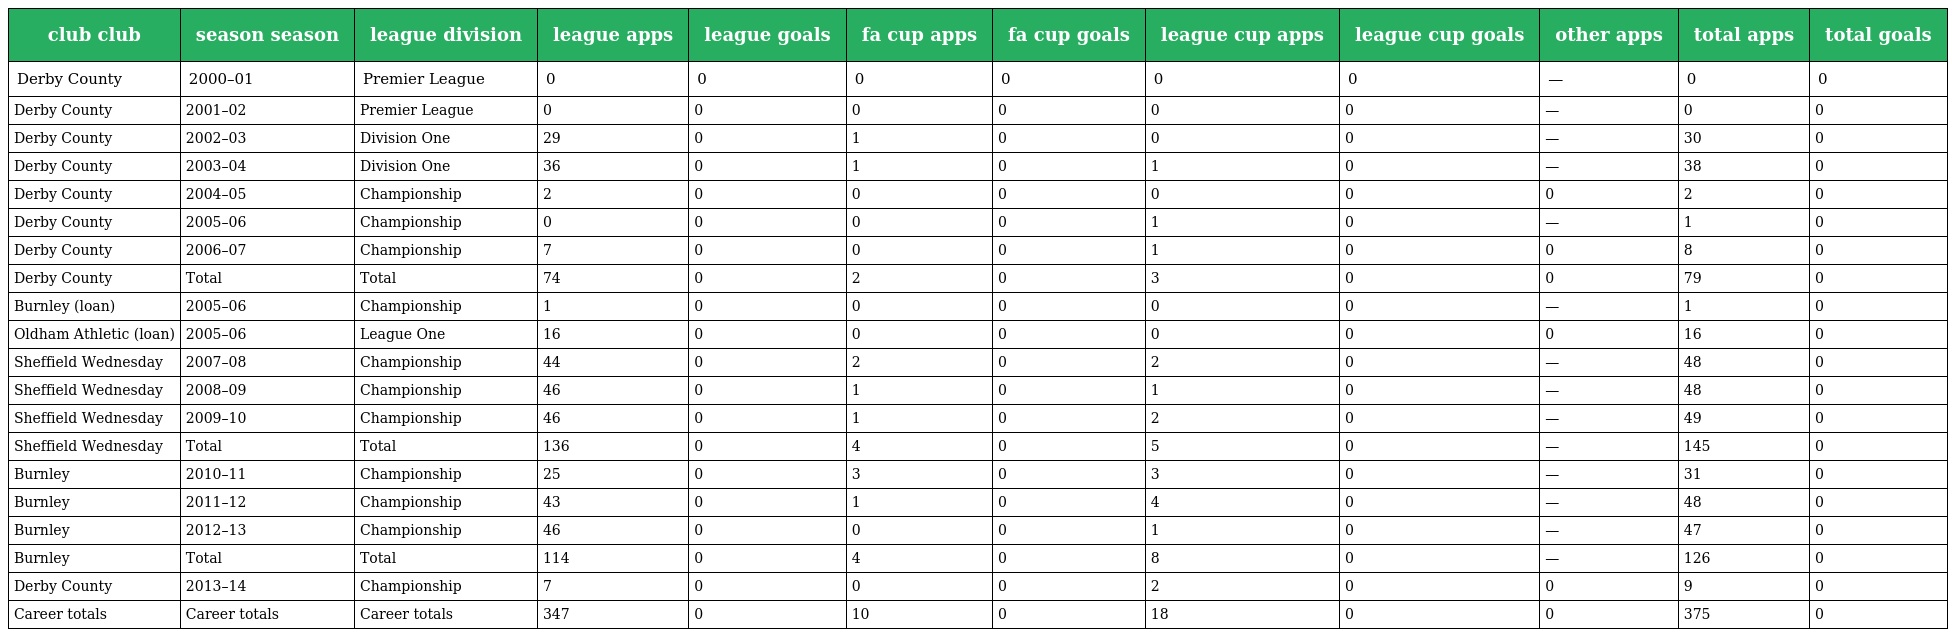
| club club | season season | league division | league apps | league goals | fa cup apps | fa cup goals | league cup apps | league cup goals | other apps | total apps | total goals |
 | --- | --- | --- | --- | --- | --- | --- | --- | --- | --- | --- | --- |
 | Derby County | 2000–01 | Premier League | 0 | 0 | 0 | 0 | 0 | 0 | — | 0 | 0 |
 | Derby County | 2001–02 | Premier League | 0 | 0 | 0 | 0 | 0 | 0 | — | 0 | 0 |
 | Derby County | 2002–03 | Division One | 29 | 0 | 1 | 0 | 0 | 0 | — | 30 | 0 |
 | Derby County | 2003–04 | Division One | 36 | 0 | 1 | 0 | 1 | 0 | — | 38 | 0 |
 | Derby County | 2004–05 | Championship | 2 | 0 | 0 | 0 | 0 | 0 | 0 | 2 | 0 |
 | Derby County | 2005–06 | Championship | 0 | 0 | 0 | 0 | 1 | 0 | — | 1 | 0 |
 | Derby County | 2006–07 | Championship | 7 | 0 | 0 | 0 | 1 | 0 | 0 | 8 | 0 |
 | Derby County | Total | Total | 74 | 0 | 2 | 0 | 3 | 0 | 0 | 79 | 0 |
 | Burnley (loan) | 2005–06 | Championship | 1 | 0 | 0 | 0 | 0 | 0 | — | 1 | 0 |
 | Oldham Athletic (loan) | 2005–06 | League One | 16 | 0 | 0 | 0 | 0 | 0 | 0 | 16 | 0 |
 | Sheffield Wednesday | 2007–08 | Championship | 44 | 0 | 2 | 0 | 2 | 0 | — | 48 | 0 |
 | Sheffield Wednesday | 2008–09 | Championship | 46 | 0 | 1 | 0 | 1 | 0 | — | 48 | 0 |
 | Sheffield Wednesday | 2009–10 | Championship | 46 | 0 | 1 | 0 | 2 | 0 | — | 49 | 0 |
 | Sheffield Wednesday | Total | Total | 136 | 0 | 4 | 0 | 5 | 0 | — | 145 | 0 |
 | Burnley | 2010–11 | Championship | 25 | 0 | 3 | 0 | 3 | 0 | — | 31 | 0 |
 | Burnley | 2011–12 | Championship | 43 | 0 | 1 | 0 | 4 | 0 | — | 48 | 0 |
 | Burnley | 2012–13 | Championship | 46 | 0 | 0 | 0 | 1 | 0 | — | 47 | 0 |
 | Burnley | Total | Total | 114 | 0 | 4 | 0 | 8 | 0 | — | 126 | 0 |
 | Derby County | 2013–14 | Championship | 7 | 0 | 0 | 0 | 2 | 0 | 0 | 9 | 0 |
 | Career totals | Career totals | Career totals | 347 | 0 | 10 | 0 | 18 | 0 | 0 | 375 | 0 |